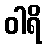
ဝါရိ